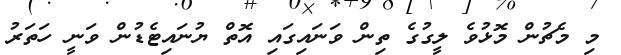
މި މެޗުން މޮޅުވެ ލީގުގެ ތިން ވަނައިގައި އޮތް ޔުނައިޓެޑުން ވަނީ ހަަތަރު